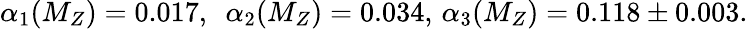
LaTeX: \alpha_{1}(M_{Z})=0.017,\ \ \alpha_{2}(M_{Z})=0.034,\, \alpha_{3}(M_{Z})=0.118\pm 0.003.